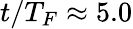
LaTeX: t/T_{F}\approx 5.0